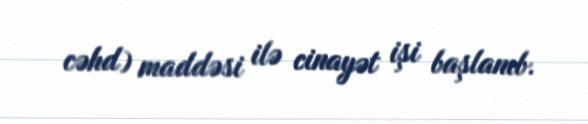
cəhd) maddəsi ilə cinayət işi başlanıb.